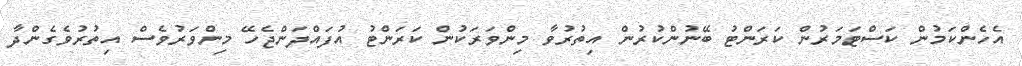
އެހެންކަމުން ކަސްޓަމަރުން ކަރަންޓު ބޭނުންކުރުން އިތުރުވާ މިންވަރަކުން ކަރަންޓު އުފައްދަންޖެހޭ މިންވަރުވެސް އިތުރުވެގެންދާ